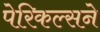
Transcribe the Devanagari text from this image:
पेरिकल्सने